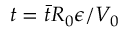
t = \bar { t } R _ { 0 } { \epsilon } / V _ { 0 }